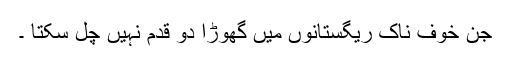
جن خوف ناک ریگستانوں میں گھوڑا دو قدم نہیں چل سکتا ۔